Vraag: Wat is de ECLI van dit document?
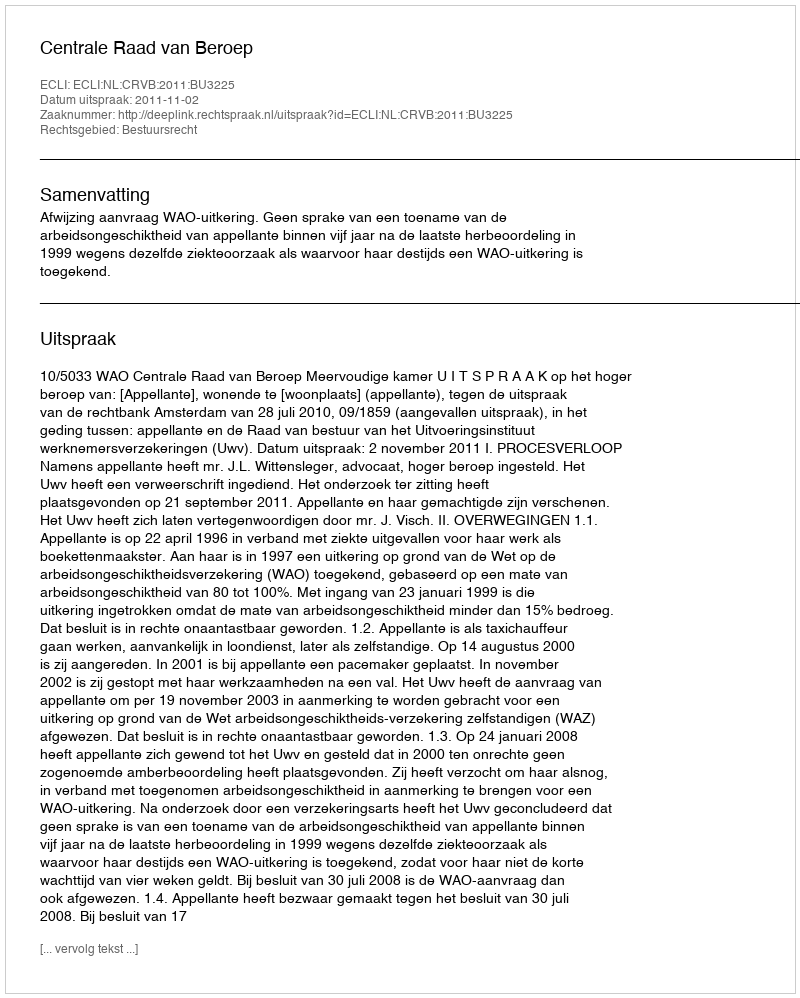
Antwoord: ECLI:NL:CRVB:2011:BU3225